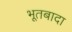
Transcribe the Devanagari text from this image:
भूतबादा